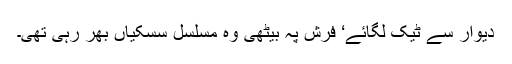
دیوار سے ٹیک لگائے‘ فرش پہ بیٹھی وہ مسلسل سسکیاں بھر رہی تھی۔